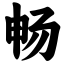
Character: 畅